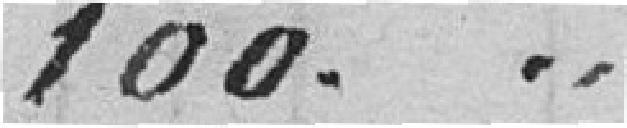
100.